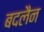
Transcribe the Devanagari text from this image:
बदलैन